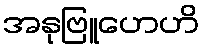
အနုဗြူဟေဟိ